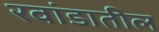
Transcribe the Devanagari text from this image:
रवांडातील